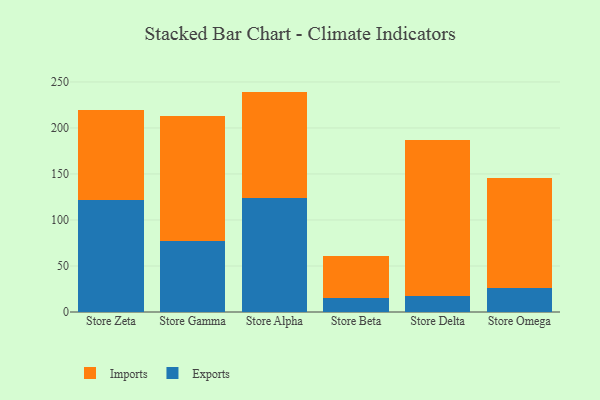
{"axis": {"x": "Store", "y": "Gross Profit (USD K)"}, "legend": ["Exports", "Imports"], "data": [{"x": "Store Zeta", "y": 121.7, "type": "Exports"}, {"x": "Store Zeta", "y": 97.3, "type": "Imports"}, {"x": "Store Gamma", "y": 77.3, "type": "Exports"}, {"x": "Store Gamma", "y": 135.2, "type": "Imports"}, {"x": "Store Alpha", "y": 124.1, "type": "Exports"}, {"x": "Store Alpha", "y": 115.4, "type": "Imports"}, {"x": "Store Beta", "y": 15.4, "type": "Exports"}, {"x": "Store Beta", "y": 45.0, "type": "Imports"}, {"x": "Store Delta", "y": 17.5, "type": "Exports"}, {"x": "Store Delta", "y": 169.9, "type": "Imports"}, {"x": "Store Omega", "y": 26.5, "type": "Exports"}, {"x": "Store Omega", "y": 119.1, "type": "Imports"}]}